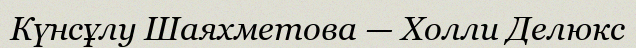
Күнсұлу Шаяхметова — Холли Делюкс